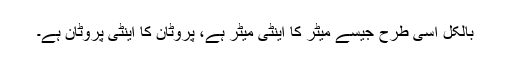
بالکل اسی طرح جیسے میٹر کا اینٹی میٹر ہے، پروٹان کا اینٹی پروٹان ہے۔